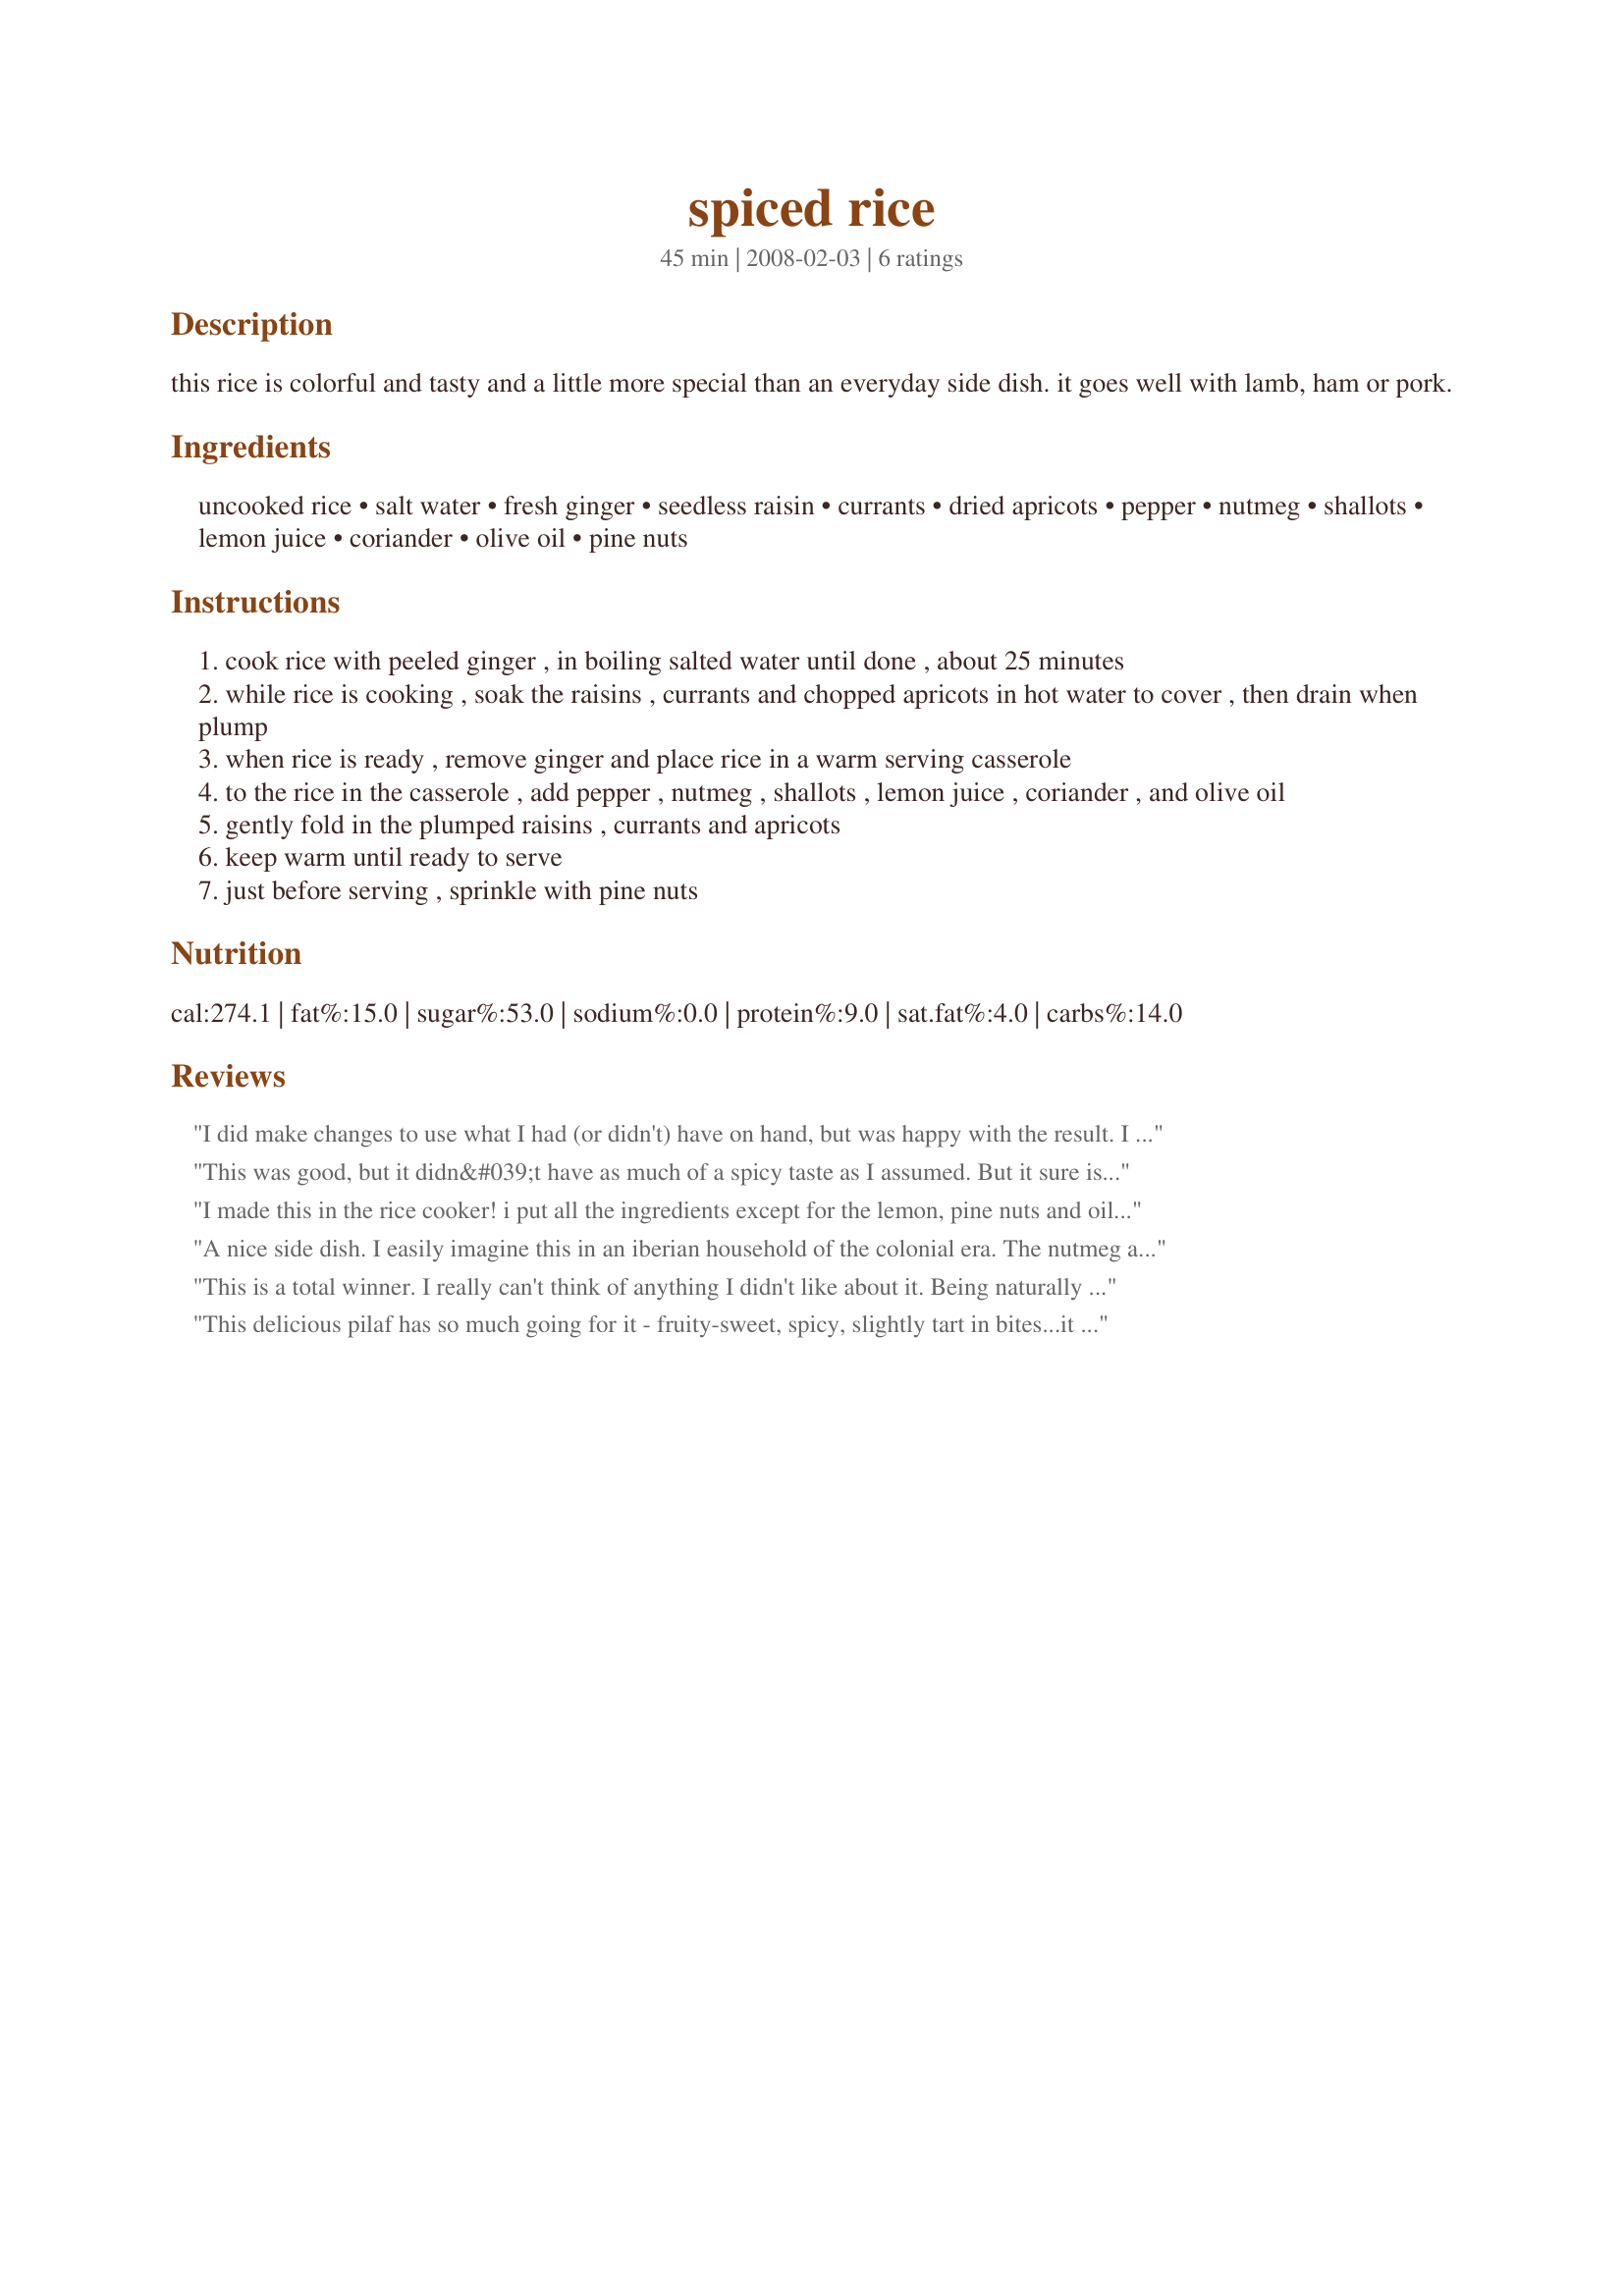
spiced rice
Preparation time: 45 minutes

this rice is colorful and tasty and a little more special than an everyday side dish. it goes well with lamb, ham or pork.

Ingredients:
uncooked rice, salt water, fresh ginger, seedless raisin, currants, dried apricots, pepper, nutmeg, shallots, lemon juice, coriander, olive oil, pine nuts

Steps:
cook rice with peeled ginger , in boiling salted water until done , about 25 minutes
while rice is cooking , soak the raisins , currants and chopped apricots in hot water to cover , then drain when plump
when rice is ready , remove ginger and place rice in a warm serving casserole
to the rice in the casserole , add pepper , nutmeg , shallots , lemon juice , coriander , and olive oil
gently fold in the plumped raisins , currants and apricots
keep warm until ready to serve
just before serving , sprinkle with pine nuts

Reviews:
I did make changes to use what I had (or didn't) have on hand, but was happy with the result. I had to omit the currants and replaced the pine nuts with slivered almonds. I also ended up using green onions instead of shallots and jasmine rice. This had a nice flavor and I served it alongside a grilled pork chop. It made a very colorful side dish. Made for ZWT4.
This was good, but it didn&#039;t have as much of a spicy taste as I assumed. But it sure is colorful and makes a great presentation. It&#039;s such an easy dish to prepare though, so I will make this will definitely make this again. I think I&#039;ll increase the amount of ginger, and maybe experiment with a few other additions because this recipe seems pretty versatile and would lend itself to lots of additions. Made for ZWT9 (Caribbean).
I made this in the rice cooker! i put all the ingredients except for the lemon, pine nuts and oil in the cooker. No plumping is needed when cooking this way. I did omit the currants and pine nuts! Wonderful sweet and light!
A nice side dish. I easily imagine this in an iberian household of the colonial era. The nutmeg and coriander do need to set in a little; it shouldn't go straight to the table. I just used additional raisins in place of the currants.
This is a total winner. I really can't think of anything I didn't like about it. Being naturally lazy I cooked the raisins, currents and apricot in with the rice. They will plump and add more flavor to the rice in my opinion. The lemon sprinkle is brilliant, what a great little perk it adds. I didn't use the pine nuts because I don't have any and somehow walnuts, pecans or almonds just didn't seem right. Thanks Jan for a lovely new way with rice. Made for ZWT7.
This delicious pilaf has so much going for it - fruity-sweet, spicy, slightly tart in bites...it was a delight to eat. Thanks.
